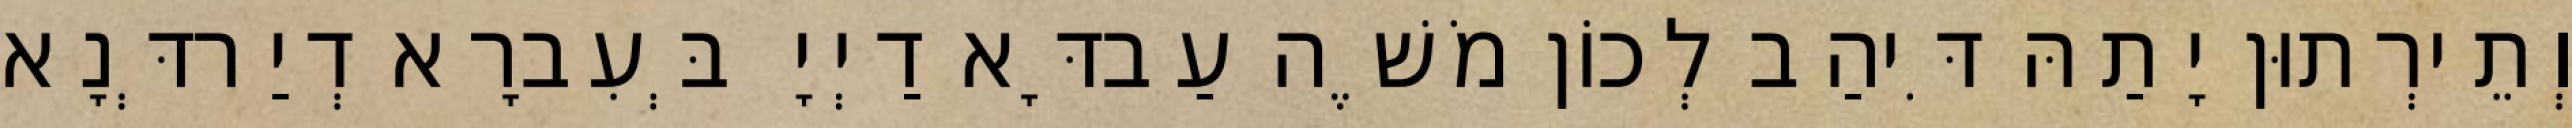
וְתֵירְתוּן יָתַהּ דִּיהַב לְכוֹן מֹשֶׁה עַבדָּא דַיְיָ בְּעִברָא דְיַרדְּנָא